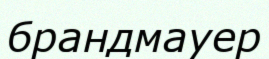
брандмауер